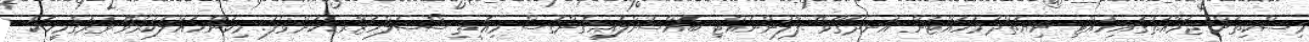
މިސްކިތަށް ޖަމާއަތުގައިހުއްޓި ނިޔަތްދަމަހައްޓަން އުނދަގޫވޭ .ފާލުންނެއްޓި ބޮއްސުންލައިގެންގޮސް މިއޮތީ ސޯސަލްހަޒާރޑަކަށްވެފަ. މިކަންހައްލުކުރެވޭ ވަރުގެމީހަކު